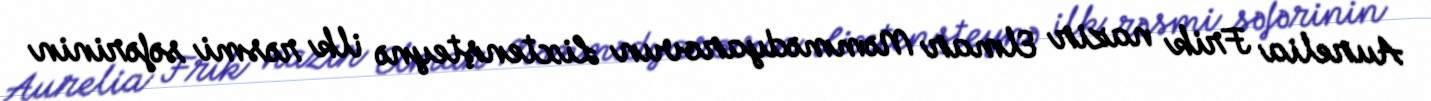
Aurelia Frik nazir Elmar Məmmədyarovun Lixtenşteynə ilk rəsmi səfərinin